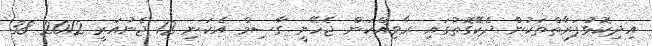
އިދިކޮޅުފަރާތްތަކުން ދެކޭގޮތުގައި ރާވިއްކަން ޖެހޭނީ ގާސިމް އެކަނި 12 ޖެނުއަރީ 2012 38